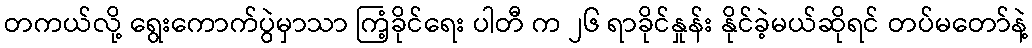
တကယ်လို့ ရွေးကောက်ပွဲမှာသာ ကြံ့ခိုင်ရေး ပါတီ က ၂၆ ရာခိုင်နှုန်း နိုင်ခဲ့မယ်ဆိုရင် တပ်မတော်နဲ့